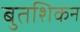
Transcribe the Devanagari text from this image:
बुतशिकन